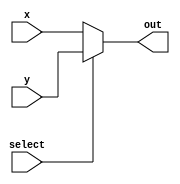

`timescale 1ns / 1ps
//////////////////////////////////////////////////////////////////////////////////
// Assignment Number: 5
// Problem Number: 1 [Linear Feedback Shift Register (LFSR)]
// Semester Number: 5
// Group Number: G1
// Group Members: Animesh Jha (19CS10070) and Nisarg Upadhyaya (19CS30031)
// 
//////////////////////////////////////////////////////////////////////////////////

module mux(
    input  x,   // input0 to the mux
    input y,   // input1 to the mux
    input select,   // select input to the mux
    output reg out // output of the mux
);
    always @(*) begin
        if(select)
            out=y; // input1 if select is on
        else 
            out=x; // else input0
    end
endmodule